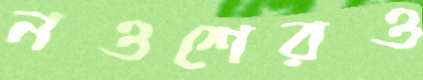
নওশেরও